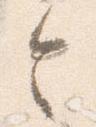
令